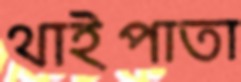
থাইপাতা